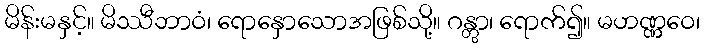
မိန်းမနှင့်။ မိဿီဘာဝံ၊ ရောနှောသောအဖြစ်သို့။ ဂန္တွာ၊ ရောက်၍။ မဟဏ္ဏဝေ၊